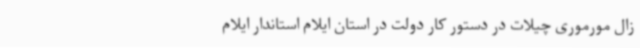
زال مورموری چیلات در دستور کار دولت در استان ایلام استاندار ایلام